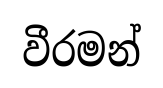
වීරමන්